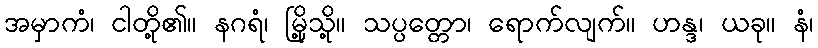
အမှာကံ၊ ငါတို့၏။ နဂရံ၊ မြို့သို့။ သပ္ပတ္တော၊ ရောက်လျက်။ ဟန္ဒ၊ ယခု။ နံ၊